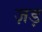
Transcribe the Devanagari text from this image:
ज़ड़